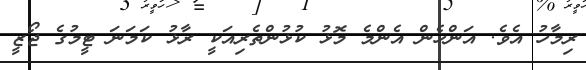
ރިމާހު އެވެ. އަންހެން އެންމެ މޮޅު ކުޅުންތެރިއަކީ ރާޅު ކަމަނަ ޓީމުގެ ޖޯޒީ